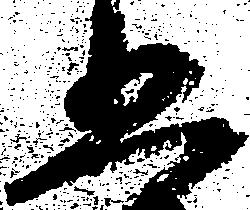
五